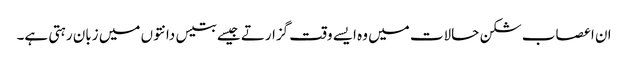
ان اعصاب شکن حالات میں وہ ایسے وقت گزارتے جیسے بتیس دانتوں میں زبان رہتی ہے۔